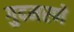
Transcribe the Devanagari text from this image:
गुदमरणे